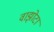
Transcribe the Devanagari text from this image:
वाझोटा